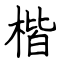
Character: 楷